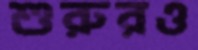
শুরুরও